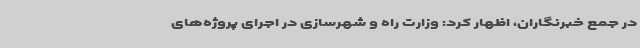
در جمع خبرنگاران، اظهار کرد: وزارت راه و شهرسازی در اجرای پروژه‌های